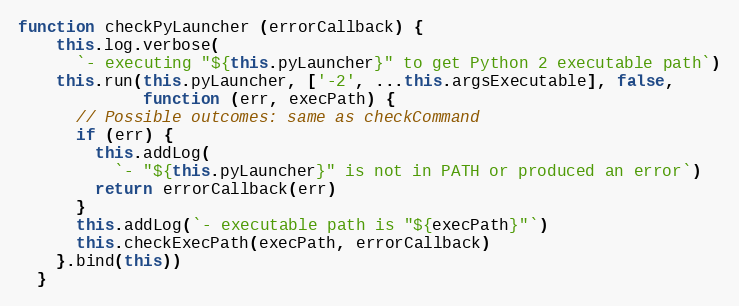
Language: JavaScript
function checkPyLauncher (errorCallback) {
    this.log.verbose(
      `- executing "${this.pyLauncher}" to get Python 2 executable path`)
    this.run(this.pyLauncher, ['-2', ...this.argsExecutable], false,
             function (err, execPath) {
      // Possible outcomes: same as checkCommand
      if (err) {
        this.addLog(
          `- "${this.pyLauncher}" is not in PATH or produced an error`)
        return errorCallback(err)
      }
      this.addLog(`- executable path is "${execPath}"`)
      this.checkExecPath(execPath, errorCallback)
    }.bind(this))
  }